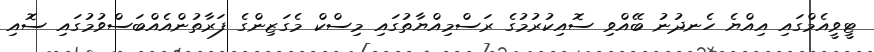
ޓީވީއެމްގައި އިއްޔެ ހެނދުނު ބޭއްވި ސޮއިކުރުމުގެ ރަސްމިއްޔާތުގައި މިސްކް މެގަޒިންގެ ފަރާތުންއެއްބަސްވުމުގައި ސޮއި